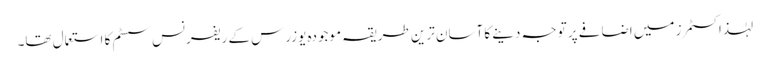
لہٰذا کسٹمرز میں اضافے پر توجہ دینے کا آسان ترین طریقہ موجودہ یوزرس کے ریفرنس سسٹم کا استعمال تھا۔